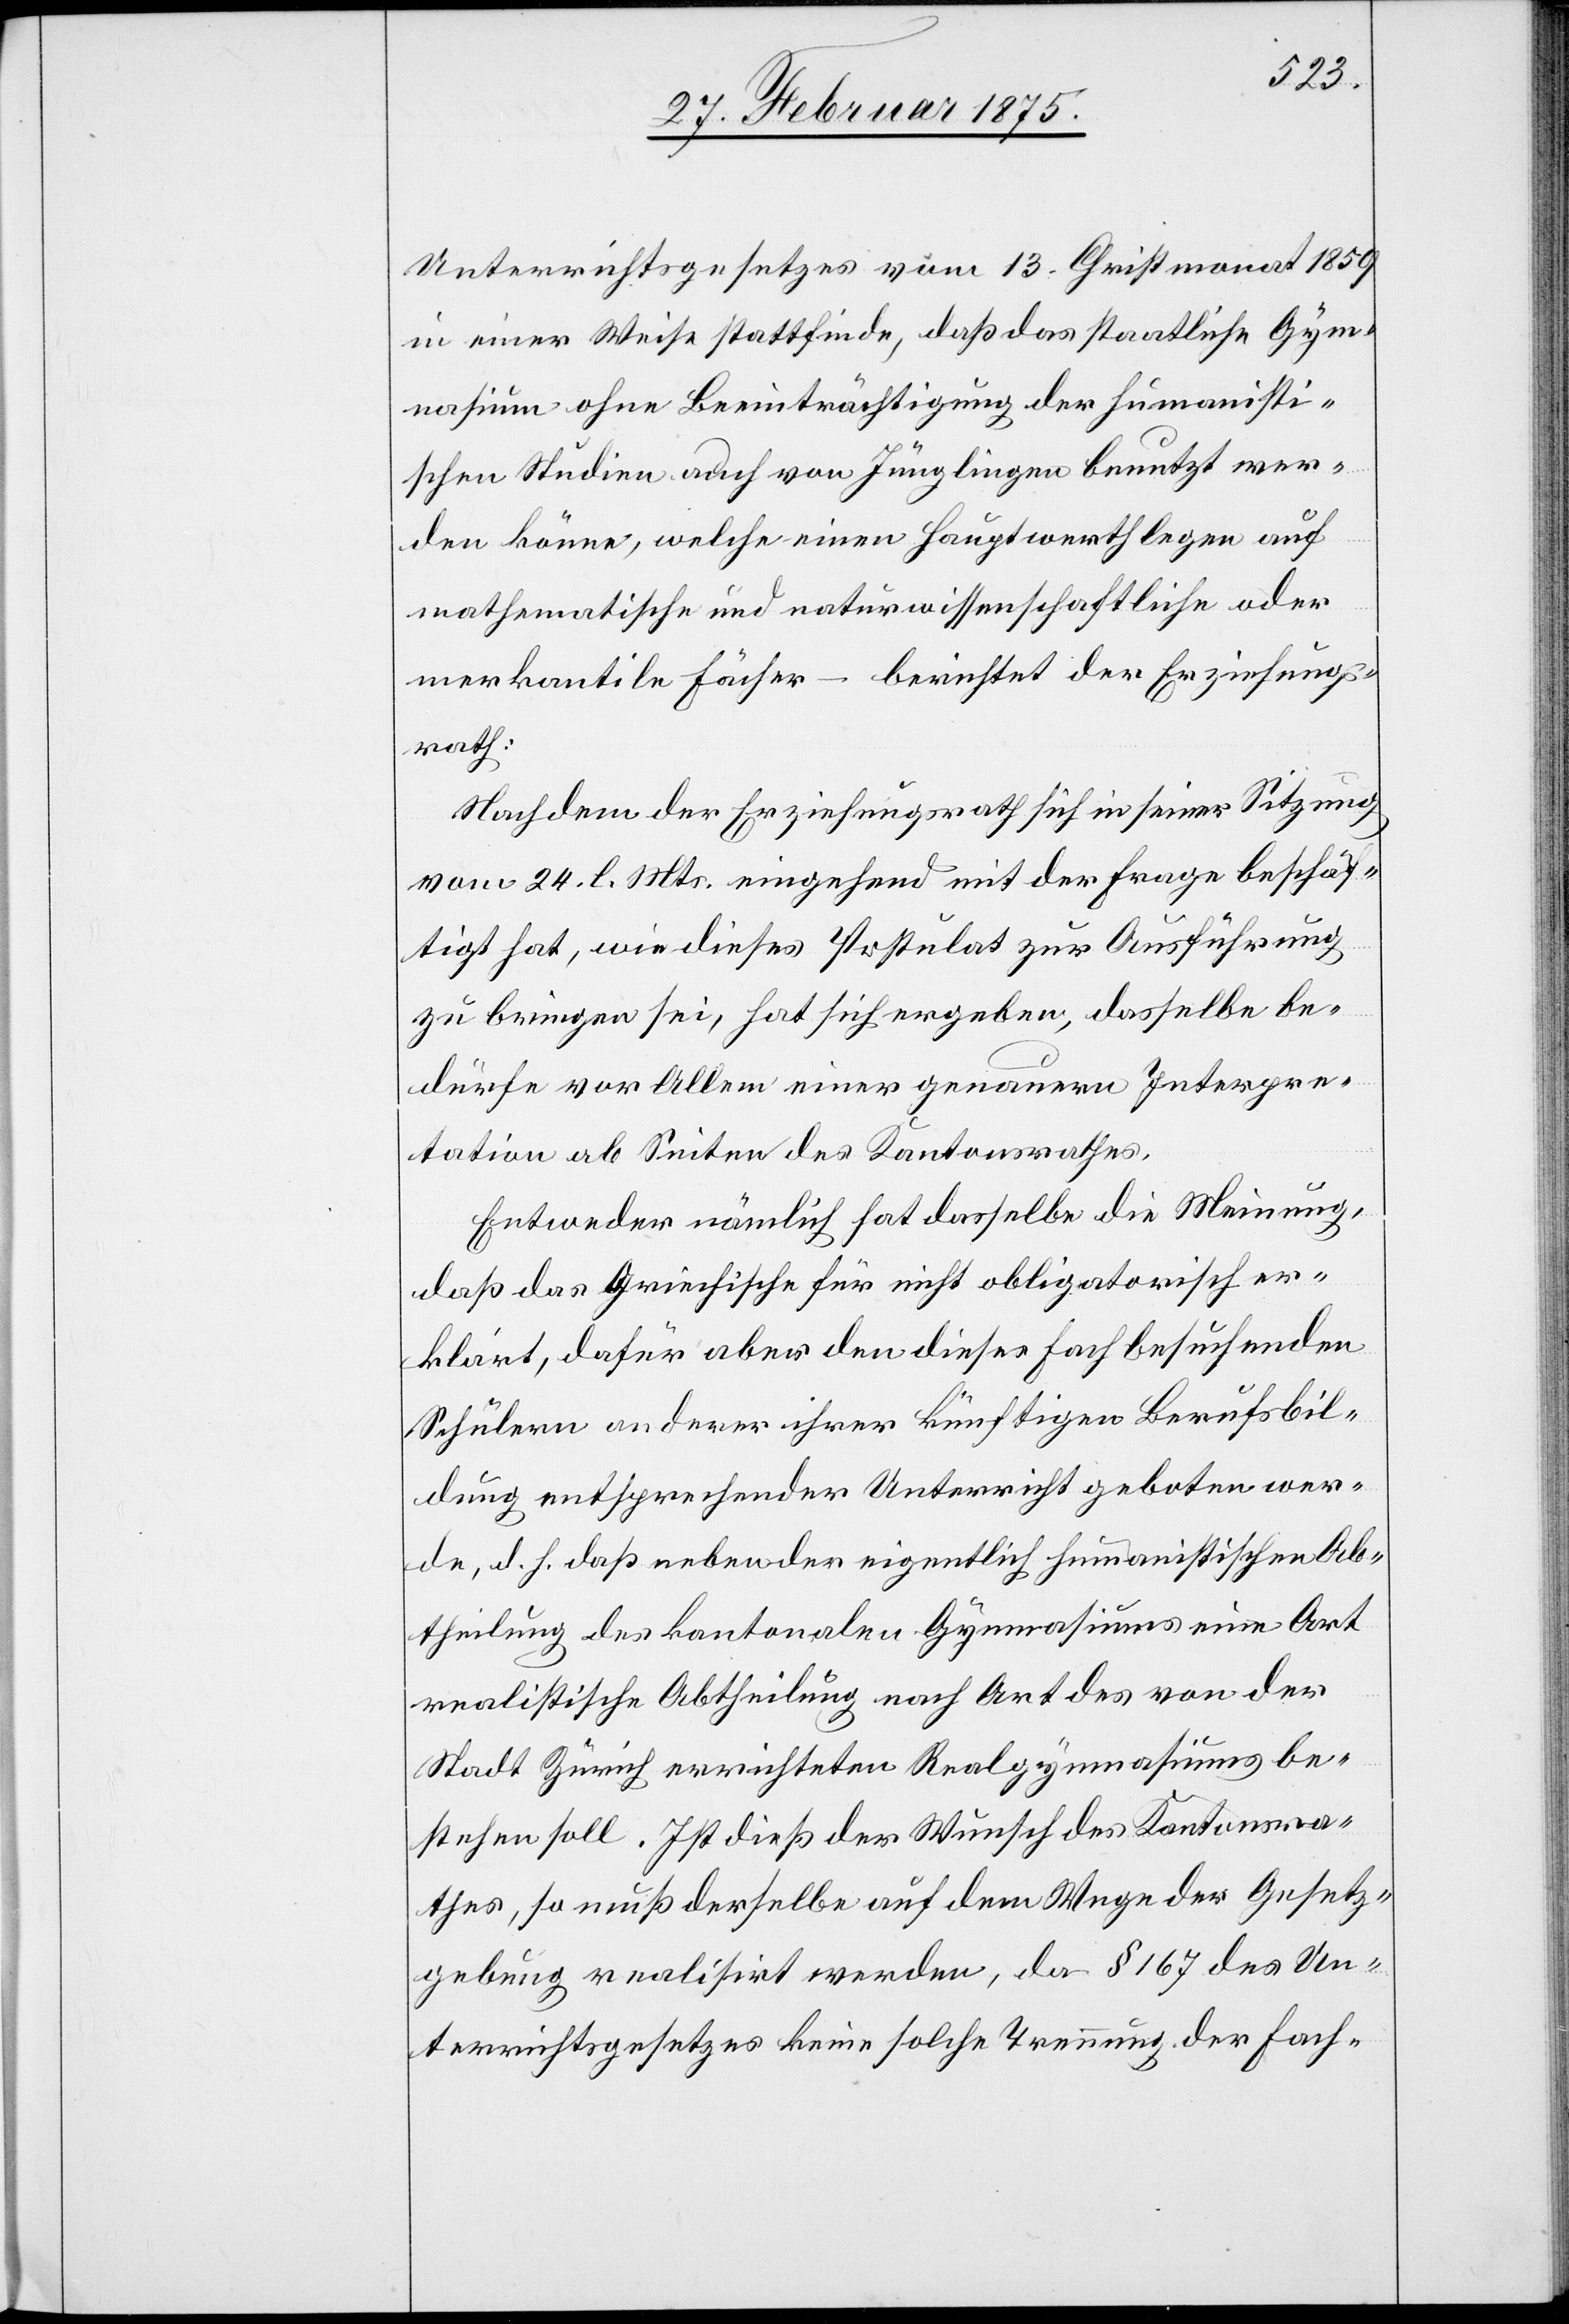
Unterrichtsgesetzes vom 13. Christmonat 1859
in einer Weise stattfinde, daß das staatliche Gym¬
nasium ohne Beeinträchtigung der humanisti¬
schen Studien auch von Jünglingen benutzt wer¬
den könne, welche einen Hauptwerth legen auf
mathematische und naturwissenschaftliche oder
merkantile Fächer – berichtet der Erziehungs¬
rath:
Nachdem der Erziehungsrath sich in seiner Sitzung
vom 24. l. Mts. eingehend mit der Frage beschäf¬
tigt, wie dieses Postulat zur Ausführung
zu bringen sei, hat sich ergeben, dasselbe be¬
dürfe vor Allem einer genauern Interpre¬
tation ab Seiten des Kantonsrathes.
Entweder nämlich hat dasselbe die Meinung,
daß das Griechische für nicht obligatorisch er¬
klärt, dafür aber den dieses Fach besuchenden
Schülern an derer ihrer künftigen Berufsbil¬
dung entsprechender Unterricht geboten wer¬
den, d. h. daß neben der eigentlich humanistischen Ab¬
theilung des kantonalen Gymnasiums eine Art
realistische Abtheilung nach Art des von der
Stadt Zürich errichteten Realgymnasiums be¬
stehen soll. Ist dieß der Wunsch des Kantonsra¬
thes, so muß derselbe auf dem Wege der Gesetz¬
gebung realisirt werden, da § 167 des Un¬
terrichtsgesetzes keine solche Trennung der Fach-